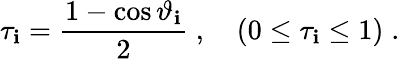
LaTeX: \tau_{\mathbf{i}}=\frac{{1-\cos\vartheta_{\mathbf{i}}}}{{2}}\; ,\quad(0\leq\tau_{\mathbf{i}}\leq1)\; .